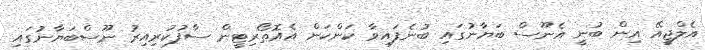
އެލްޖީއޭ އިން ބުނީ އެނޫސް ބަޔާނުގައި ބުނެފައިވާ ކަންކަން އެއޮތޯރިޓީން ސާފުކުރިއިރު ނޫސްބަޔާނުގައި